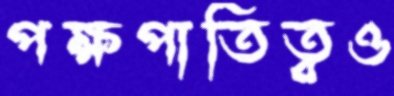
পক্ষপাতিত্বও